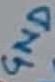
Text: GND